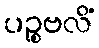
ပဉ္စဗလိံ